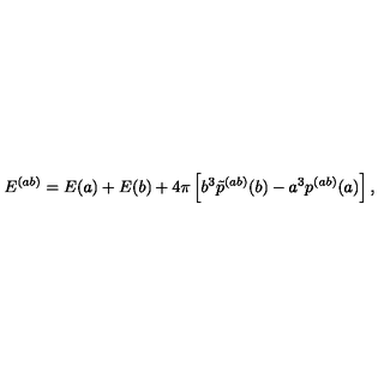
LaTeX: E ^ { ( a b ) } = E ( a ) + E ( b ) + 4 \pi \left[ b ^ { 3 } \tilde { p } ^ { ( a b ) } ( b ) - a ^ { 3 } p ^ { ( a b ) } ( a ) \right] ,